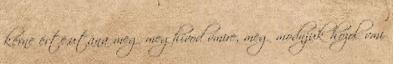
kérne érte,utána meg meghívod vmire, meg modnjuk hozol vmi